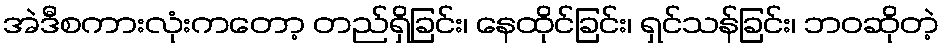
အဲဒီစကားလုံးကတော့ တည်ရှိခြင်း၊ နေထိုင်ခြင်း၊ ရှင်သန်ခြင်း၊ ဘဝဆိုတဲ့